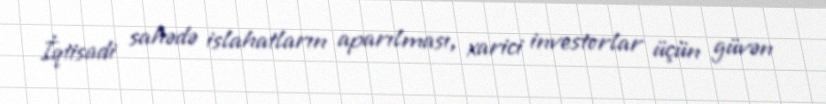
İqtisadi sahədə islahatların aparılması, xarici investorlar üçün güvən